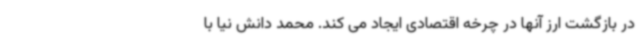
در بازگشت ارز آنها در چرخه اقتصادی ایجاد می کند. محمد دانش نیا با